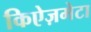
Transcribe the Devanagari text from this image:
किऐज़मेटा